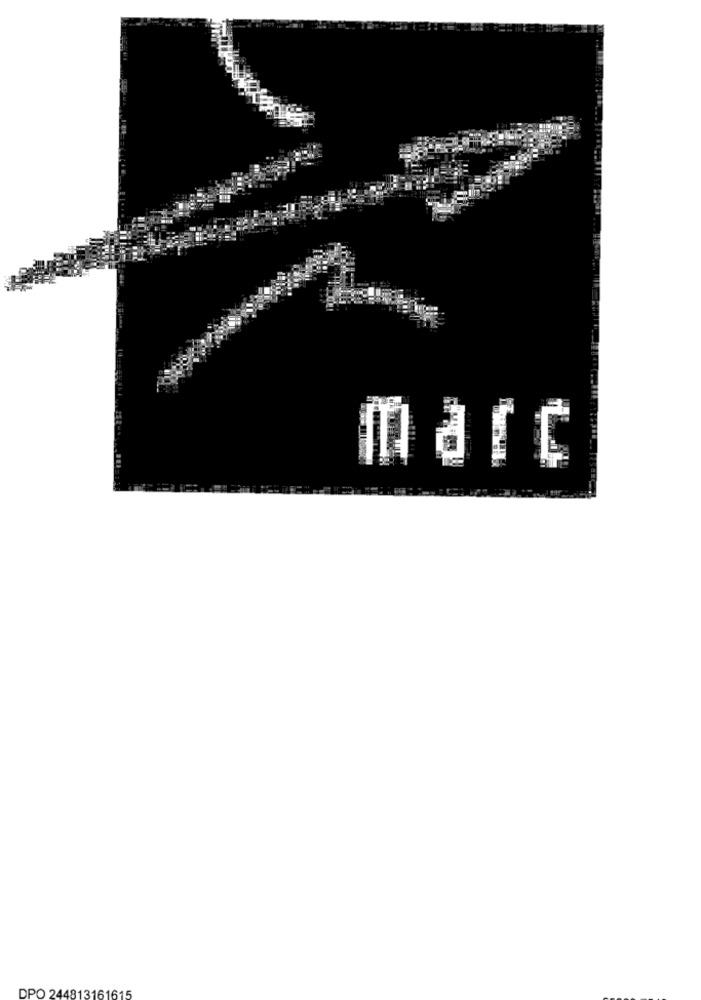
DPO 244813161615